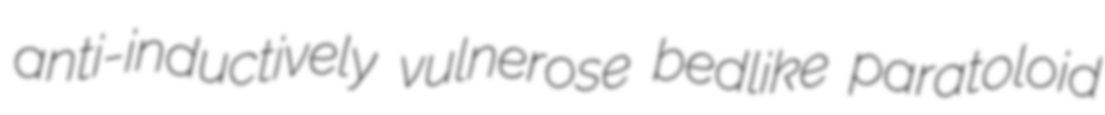
anti-inductively vulnerose bedlike paratoloid